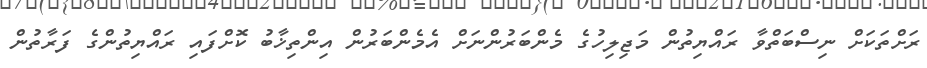
ރަށްތަކަށް ނިސްބަތްވާ ރައްޔިތުން މަޖިލިހުގެ މެންބަރުންނަށް އެމެންބަރުން އިންތިޚާބު ކޮށްފައި ރައްޔިތުންގެ ފަރާތުން